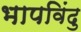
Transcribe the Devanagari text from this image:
भापविंदु